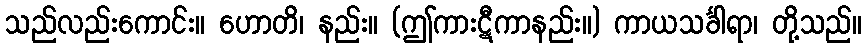
သည်လည်းကောင်း။ ဟောတိ၊ နည်း။ (ဤကားဋီကာနည်း။) ကာယသင်္ခါရာ၊ တို့သည်။